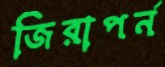
জিরাপর্ন